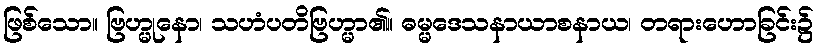
ဖြစ်သော။ ဗြဟ္မုနော၊ သဟံပတိဗြဟ္မာ၏။ ဓမ္မဒေသနာယာစနာယ၊ တရားဟောခြင်း၌